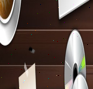
٠